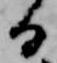
る